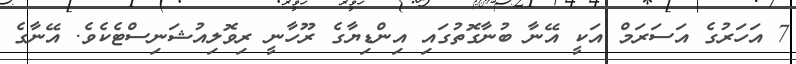
7 އަހަރުގެ އަސަރަމް އަކީ އޭނާ ބުނާގޮތުގައި އިންޑިޔާގެ ރޫހާނީ ރިވޮލިއުޝަނިސްޓެކެވެ. އޭނާގެ